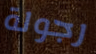
رجولة